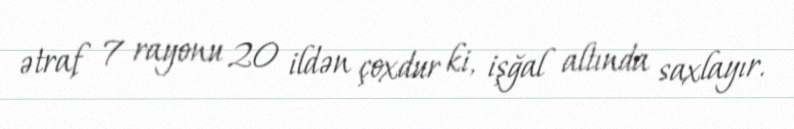
ətraf 7 rayonu 20 ildən çoxdur ki, işğal altında saxlayır.